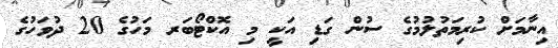
އިނާމަށް ކުރިމަތުލުމުގެ ސުން ގަޑި އަކީ މި އޮކްޓޯބަރ މަހުގެ 20 ދުވަހުގެ